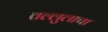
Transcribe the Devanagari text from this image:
तल्लुलाचा